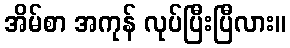
အိမ်စာ အကုန် လုပ်ပြီးပြီလား။